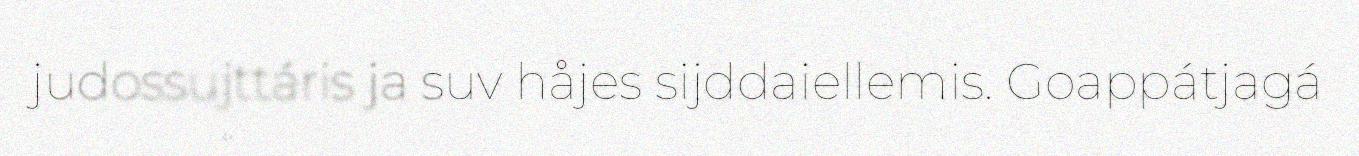
judossujttáris ja suv håjes sijddaiellemis. Goappátjagá